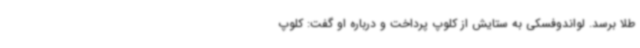
طلا برسد. لواندوفسکی به ستایش از کلوپ پرداخت و درباره او گفت: کلوپ